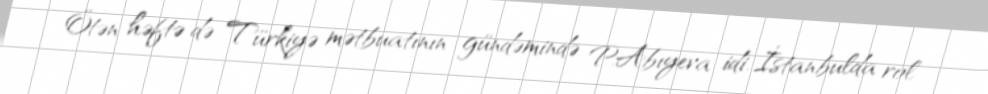
Ötən həftə də Türkiyə mətbuatının gündəmində P.Abıyeva idi. İstanbulda rol